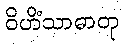
ဝိဟိံသာဓာတု